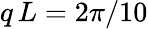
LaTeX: q\, L=2\pi/10